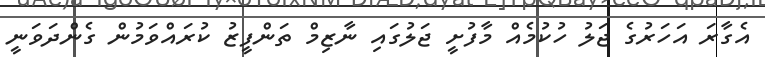
އެގާރަ އަހަރުގެ ޖަލު ހުކުމެއް މާފުށީ ޖަލުގައި ނާޒިމް ތަންފީޒު ކުރައްވަމުން ގެންދަވަނީ